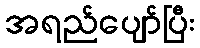
အရည်ပျော်ပြီး